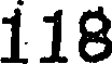
118